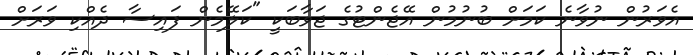
އެވަރުން ނުވާނެ ކަމަށް ބުނުމުން އޭޖެންޓުގެ ޖަވާބަކީ "ކަލޭމެން ފައިސާ ދެއްކި ވަރަށް